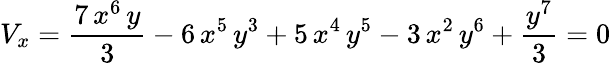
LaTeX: V_{x}={\frac{7\, {x^{6}}\, y}{3}}-6\, {x^{5}}\, {y^{3}}+5\, {x^{4}}\, {y^{5}}-3\, {x^{2}}\, {y^{6}}+{\frac{{y^{7}}}{3}}=0